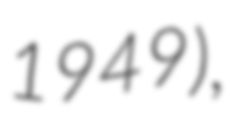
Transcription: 1949),